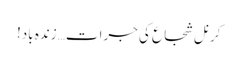
کرنل شجاع کی جرات… زندہ باد!